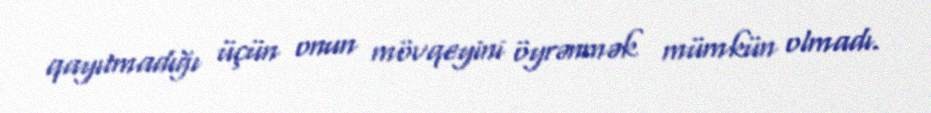
qayıtmadığı üçün onun mövqeyini öyrənmək mümkün olmadı.